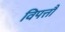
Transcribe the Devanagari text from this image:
विपत्तौ